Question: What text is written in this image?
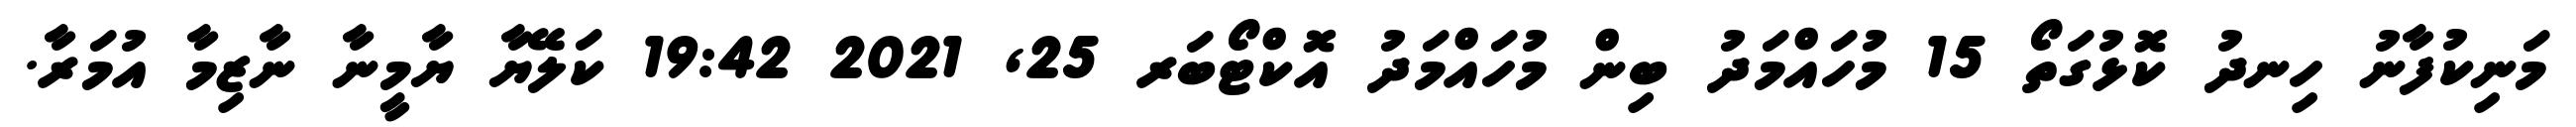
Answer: މަނިކުފާނު ހިނދު ކޮޅުގަތޯ 15 މުހައްމަދު ބިން މުހައްމަދު އޮކްޓޯބަރ 25, 2021 19:42 ކަލޭޔާ ޔާމީނާ ނާޒިމާ އުމަރާ.